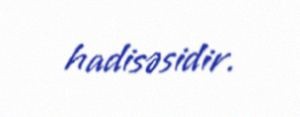
hadisəsidir.